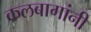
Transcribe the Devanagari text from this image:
कलबागांनी